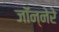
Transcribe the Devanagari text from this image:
जॉन्नेरे